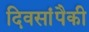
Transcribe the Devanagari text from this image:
दिवसांंपैकी